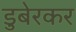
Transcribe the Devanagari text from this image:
डुबेरकर